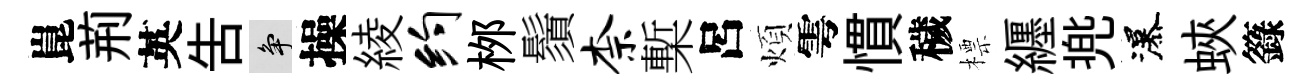
崑荊英吿争操綾约桞鬚柰槧呂煩雩慣穢標纒兠瀑蛺籙